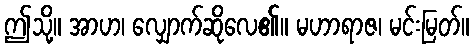
ဤသို့။ အာဟ၊ လျှောက်ဆိုလေ၏။ မဟာရာဇ၊ မင်းမြတ်။